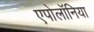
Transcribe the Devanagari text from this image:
एपोलॉनिया